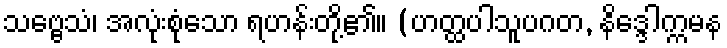
သဗ္ဗေသံ၊ အလုံးစုံသော ရဟန်းတို့၏။ (ဟတ္ထပါသူပဂတ, နိဒ္ဒေါက္ကမန